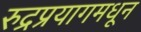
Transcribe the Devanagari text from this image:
रुद्रप्रयागमधून